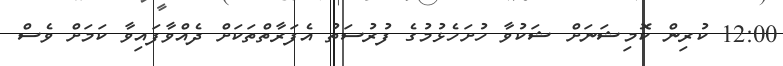
12:00 ކުރިން ކޮމިޝަނަށް ޝަކުވާ ހުށަހެޅުމުގެ ފުރުސަތު އެފަރާތްތަކަށް ދެއްވާފައިވާ ކަމަށް ވެސް